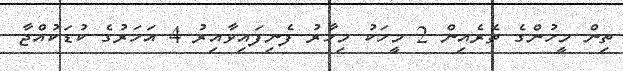
ތިން މީހުންގެ ތެރެއިން 2 މީހަކު މިހާރު ފެނިފައިވާއިރު 4 އަހަރުގެ ކުޑަކުއްޖާ